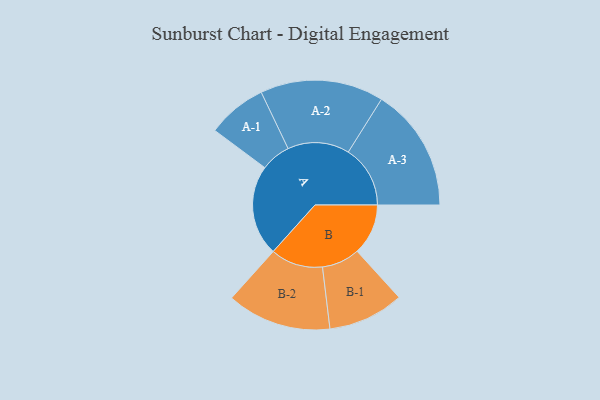
{"axis": {"x": "Segment", "y": "Value"}, "legend": ["", "A", "B"], "data": [{"x": "A", "y": 423, "type": ""}, {"x": "B", "y": 238, "type": ""}, {"x": "A-1", "y": 139, "type": "A"}, {"x": "A-2", "y": 288, "type": "A"}, {"x": "A-3", "y": 289, "type": "A"}, {"x": "B-1", "y": 177, "type": "B"}, {"x": "B-2", "y": 244, "type": "B"}]}